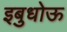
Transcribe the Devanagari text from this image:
इबुधोऊ